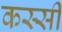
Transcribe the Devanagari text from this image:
कस्सी